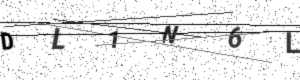
Text: DL1N6L